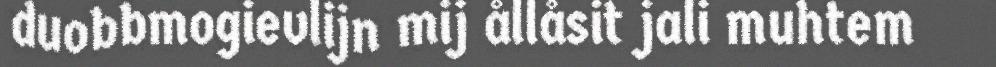
duobbmogievlijn mij ållåsit jali muhtem